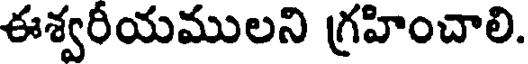
ఈశ్వరీయములని గ్రహించాలి.